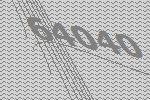
64040